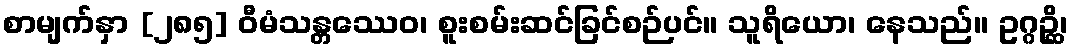
စာမျက်နှာ [၂၈၅] ဝီမံသန္တဿေဝ၊ စူးစမ်းဆင်ခြင်စဉ်ပင်။ သူရိယော၊ နေသည်။ ဥဂ္ဂဉ္ဆိ၊